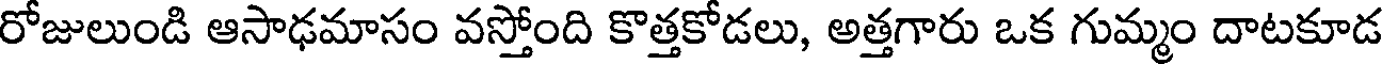
రోజులుండి ఆసాఢమాసం వస్తోంది కొత్తకోడలు, అత్తగారు ఒక గుమ్మం దాటకూడ